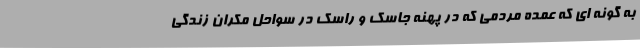
به گونه ای که عمده مردمی که در پهنه جاسک و راسک در سواحل مکران زندگی